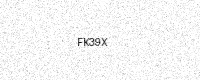
Text: FK39X